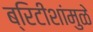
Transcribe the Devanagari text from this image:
ब्रिटीशांमुळे